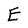
Character: E